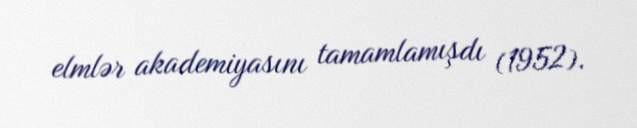
elmlər akademiyasını tamamlamışdı (1952).